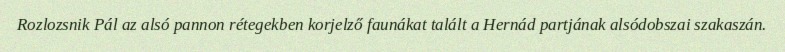
Rozlozsnik Pál az alsó pannon rétegekben korjelző faunákat talált a Hernád partjának alsódobszai szakaszán.